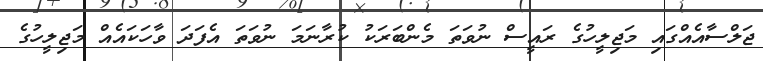
ޖަލްސާއެއްގައި މަޖިލީހުގެ ރައީސް ނުވަތަ މެންބަރަކު ކުރާނަމަ ނުވަތަ އެފަދަ ވާހަކައެއް މަޖިލީހުގެ